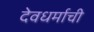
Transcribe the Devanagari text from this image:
देवधर्माची